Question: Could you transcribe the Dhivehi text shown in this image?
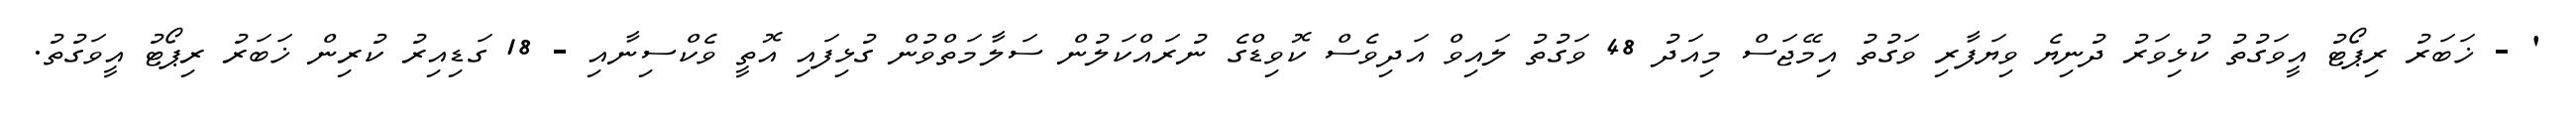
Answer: ' - ޚަބަރު ރިޕޯޓު އީވަގުތު ކުޅިވަރު ދުނިޔެ ވިޔަފާރި ވަގުތު އިމޭޖަސް މިއަދު 48 ވަގުތު ލައިވް އަދިވެސް ކޮވިޑްގެ ނުރައްކަލުން ސަލާމަތްވުން ގުޅިފައި އޮތީ ވެކްސިނާއި - 18 ގަޑިއިރު ކުރިން ޚަބަރު ރިޕޯޓު އީވަގުތު.